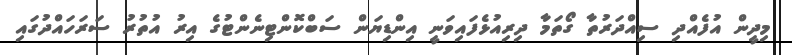
މިދީން އުފެއްދި ސިއްދަރުތާ ގޯތަމާ ދިރިއުޅެފައިވަނީ އިންޑިޔަން ސަބްކޮންޓިނެންޓުގެ އިރު އުތުރު ސަރަހައްދުގައި